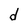
Character: d